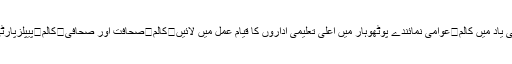
کالم	ووٹوں سے آگے نکلے ہوئے چوہدری نثار علی خان / مسعود جیلانی	کالم	جاوید اقبال بٹ کی یاد میں کالم	عوامی نمائندے پوٹھوہار میں اعلیٰ تعلیمی اداروں کا قیام عمل میں لائیں	کالم	صحافت اور صحافی	کالم	پیپلزپارٹی کے ورکروں کا قیادت پر عدم اعتماد کا اظہار	کالم	چوہدری نثار علی راہیں جدا کرسکتے ہیں؟